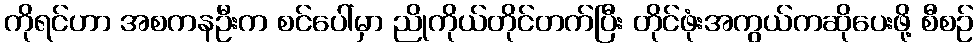
ကိုရင်ဟာ အစကနဦးက စင်ပေါ်မှာ ညိုကိုယ်တိုင်တက်ပြီး တိုင်ဖုံးအကွယ်ကဆိုပေးဖို့ စီစဉ်